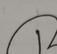
Signature authenticity: forged